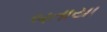
બતાયા